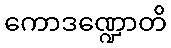
ကောဒဏ္ဍောတိ